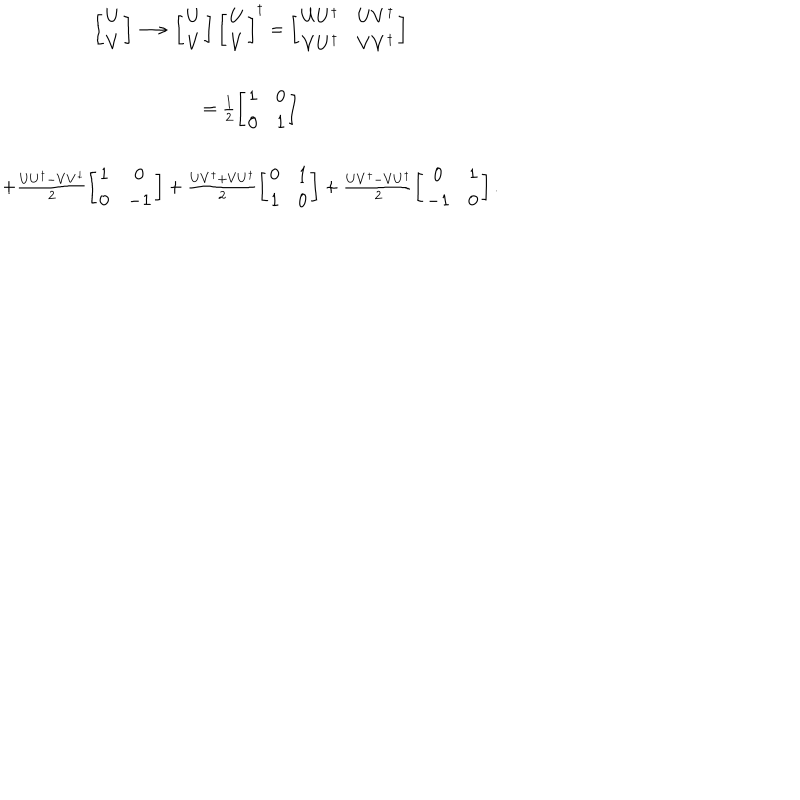
\begin{array} { c } { { \left[ \begin{array} { c } { { U } } \\ { { V } } \\ \end{array} \right] \longrightarrow \left[ \begin{array} { c } { { U } } \\ { { V } } \\ \end{array} \right] \left[ \begin{array} { c } { { U } } \\ { { V } } \\ \end{array} \right] ^ { \dagger } = \left[ \begin{array} { c c } { { U U ^ { \dagger } } } & { { U V ^ { \dagger } } } \\ { { V U ^ { \dagger } } } & { { V V ^ { \dagger } } } \\ \end{array} \right] } } \\ { { = \frac { 1 } { 2 } \left[ \begin{array} { c c } { { 1 } } & { { 0 } } \\ { { 0 } } & { { 1 } } \\ \end{array} \right] } } \\ { { + \frac { U U ^ { \dagger } - V V ^ { \dagger } } { 2 } \left[ \begin{array} { c c } { { 1 } } & { { 0 } } \\ { { 0 } } & { { - 1 } } \\ \end{array} \right] + \frac { U V ^ { \dagger } + V U ^ { \dagger } } { 2 } \left[ \begin{array} { c c } { { 0 } } & { { 1 } } \\ { { 1 } } & { { 0 } } \\ \end{array} \right] + \frac { U V ^ { \dagger } - V U ^ { \dagger } } { 2 } \left[ \begin{array} { c c } { { 0 } } & { { 1 } } \\ { { - 1 } } & { { 0 } } \\ \end{array} \right] . } } \\ \end{array}